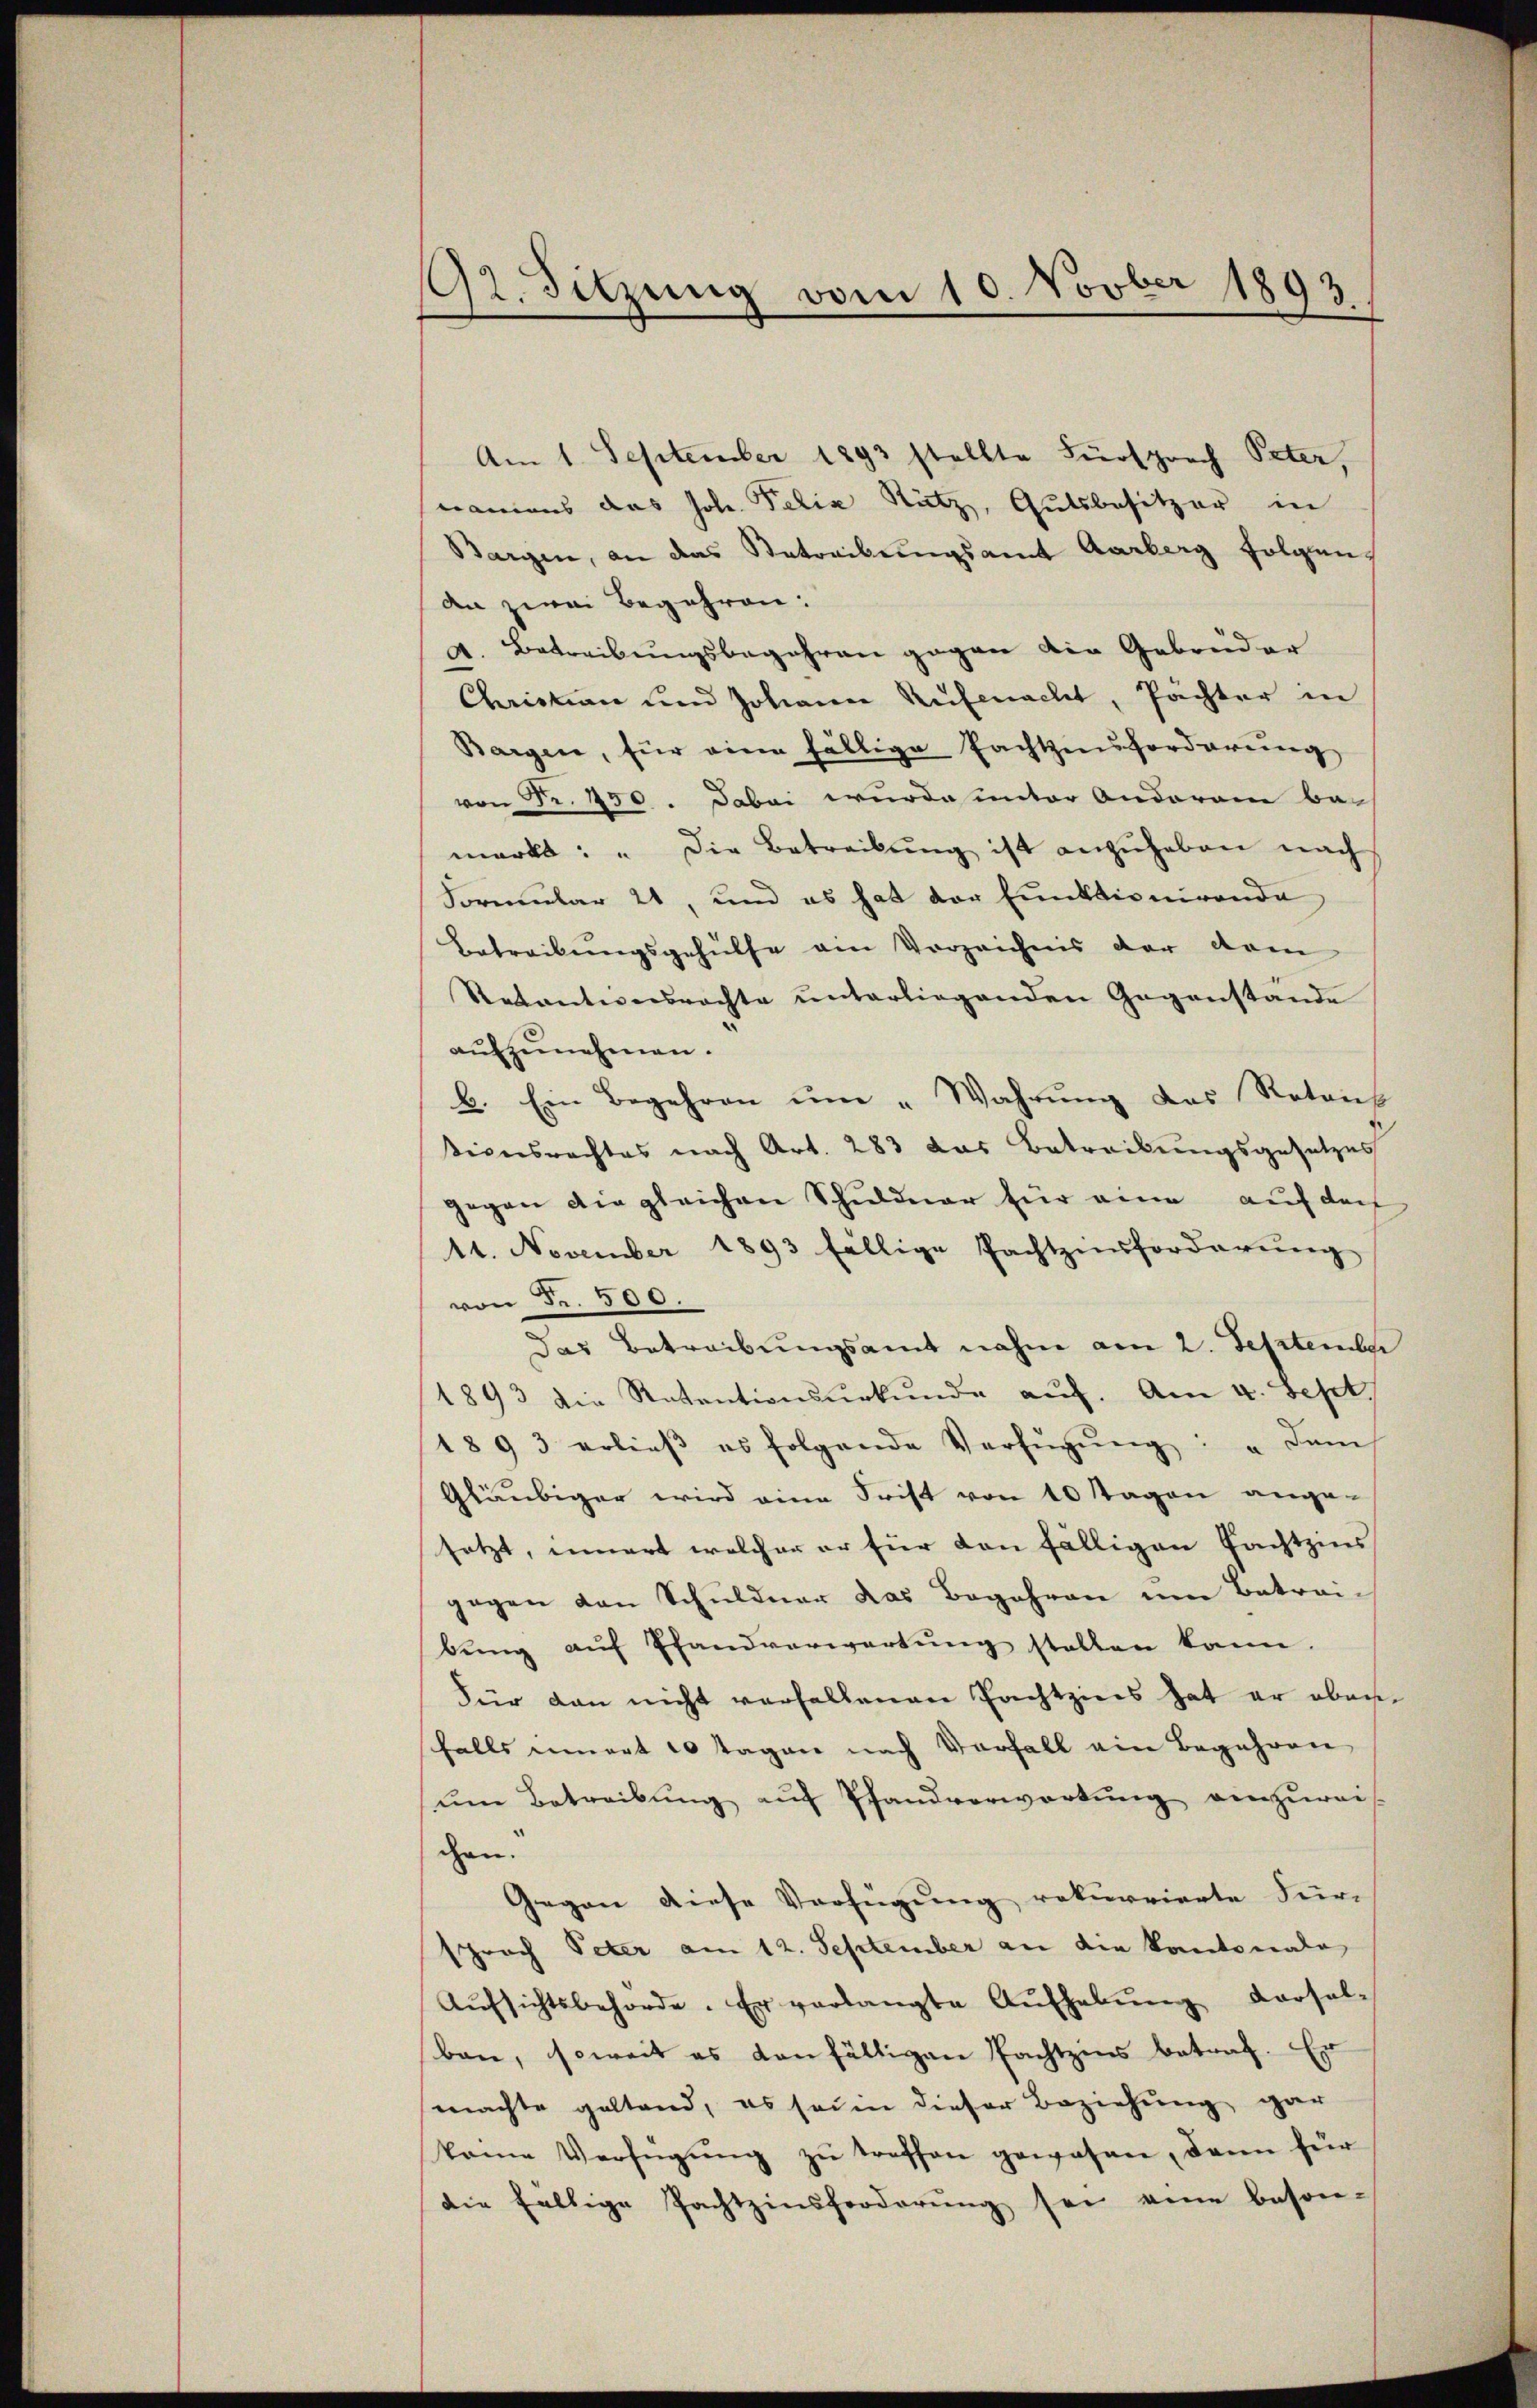
92. Sitzung vom 10. Novber 1893,

Am 1. September 1893 stellte Fürsprach Peter,
namens das Joh. Felix Nütz, Gutsbesitzer in
Bargen, an das Betreibungsamt Aarberg folgen,
an zwei Begehren:
4. Betreibungsbegehren gegen die Gebrüder
Christian und Johann Rufenacht, Pächter in
Bargen, für eine fällige Pachtzinforderung,
von Fr. 450. Dabei wurde unter Anderain be-
markt: " Die Betreibŭng ist anzŭheben nach
Formular 21, und es hat der Funktionirende
Betreibungsgehülfe am Vorzeichnis der dem
Retentionsrechte unterliegenden Gegenstande
aufzunehmen.
b. Ein Begehren um „Wahrung des Rotons
tionsrechtes nach Art. 283 das Betreibungsgesetzes
gegen die gleichen Schuldner für eine auf den
14. November 1893 fällige Pachtzinsforderung
von Fr. 500.
das Betreibungsamt nahm am 2. September
1893 die Ratentionsurkunde auf. Am 4. Sept.
1893 erlieβ es folgende Verfügŭng: " dam
Gläubiger wird eine Frist von 10 Tagen ange-
setzt, innert welcher er für den fälligen Fachtzins
gegen von Schuldner das Begehren um Betrai-
bŭng aŭf Pfandverwartŭng stellen kann.
Für dan nicht verfallenen Pachtzins hat er oberfalls innert 10 Tagen nach Vorfall ein Begehren
ŭm Betreibŭng aŭf Pfandverwartung einzŭreis
chen.
Gegen diese Verfügung rekurrierte Für-
sprach Peter am 12. September an die Kantonale
Aŭfsichtsbehörde. Er verlangte Aŭfhebŭng dersel-
ben, soweit es anfälligen Pachtzins betrat. Er
machte geltend, es sein dieser Beziehung gar
keine Verfügŭng zu treffen gewesen, dann für
die fältige Pachtzinsforderŭng sei eine beson-